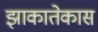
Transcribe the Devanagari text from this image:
झाकातेकास